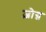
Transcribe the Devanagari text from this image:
ज़ोग्न